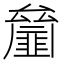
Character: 𠬘